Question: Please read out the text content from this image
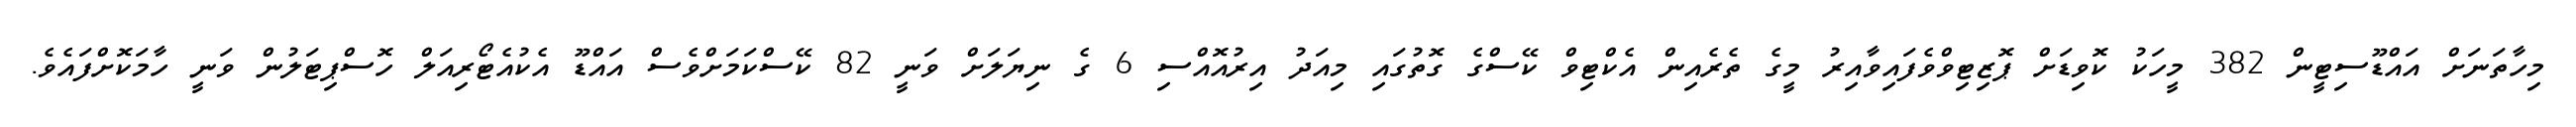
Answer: މިހާތަނަށް އައްޑޫސިޓީން 382 މީހަކު ކޮވިޑަށް ޕޮޒިޓިވްވެފައިވާއިރު މީގެ ތެރެއިން އެކްޓިވް ކޭސްގެ ގޮތުގައި މިއަދު އިރުއޮއްސި 6 ގެ ނިޔަލަށް ވަނީ 82 ކޭސްކަމަށްވެސް އައްޑޫ އެކުއެޓޯރިއަލް ހޮސްޕިޓަލުން ވަނީ ހާމަކޮށްފައެވެ.